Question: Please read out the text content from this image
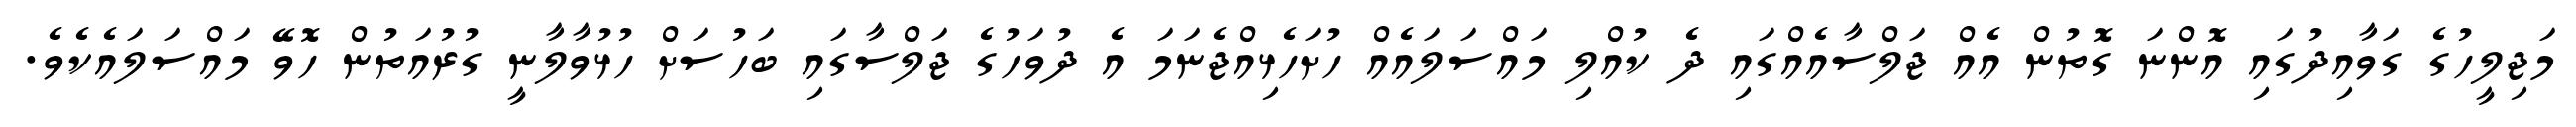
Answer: މަޖިލީހުގެ ގަވާއިދުގައި އޮންނަ ގޮތުން އެއް ޖަލްސާއެއްގައި ދެ ކުއްލި މައްސަލައެއް ހުށަހެޅިއްޖެނަމަ އެ ދުވަހުގެ ޖަލްސާގައި ބަހުސަށް ހުޅުވާލާނީ ގުރުއަތުން ހޮވޭ މައްސަލައެކެވެ.